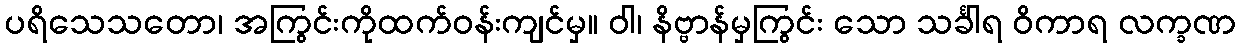
ပရိသေသတော၊ အကြွင်းကိုထက်ဝန်းကျင်မှ။ ဝါ၊ နိဗ္ဗာန်မှကြွင်း သော သင်္ခါရ ဝိကာရ လက္ခဏ